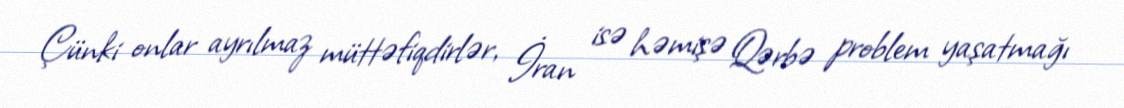
Çünki onlar ayrılmaz müttəfiqdirlər, İran isə həmişə Qərbə problem yaşatmağı